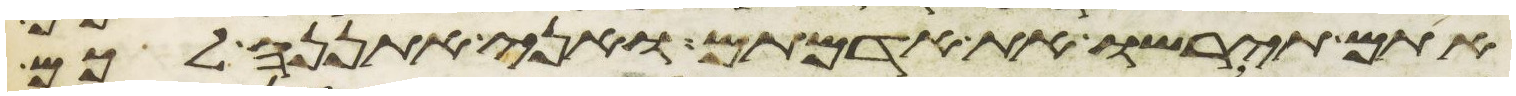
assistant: אתם תירשו את אדמתם ואני אתננה לכם